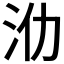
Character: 𣲒